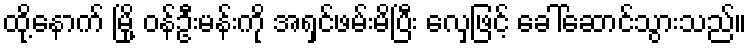
ထို့နောက် မြို့ ဝန်ဦးမန်းကို အရှင်ဖမ်းမိပြီး လှေဖြင့် ခေါ်ဆောင်သွားသည်။